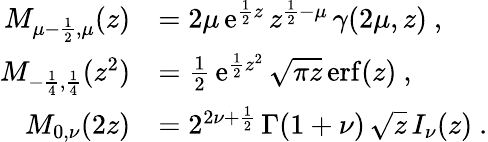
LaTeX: \begin{array}{rl}{M_{\mu-\frac{1}{2},\mu}(z)}&{=2\mu\, \mathrm{e}^{\frac{1}{2}z}\, z^{\frac{1}{2}-\mu}\, \gamma(2\mu,z)\ ,}\\ {M_{-\frac{1}{4},\frac{1}{4}}(z^{2})}&{=\frac{1}{2}\, \mathrm{e}^{\frac{1}{2}z^{2}}\, \sqrt{\pi z}\, \mathrm{erf}(z)\ ,}\\ {M_{0,\nu}(2z)}&{=2^{2\nu+\frac{1}{2}}\, \Gamma(1+\nu)\, \sqrt{z}\, I_{\nu}(z)\ .}\end{array}